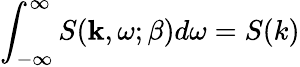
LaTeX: \int_{-\infty}^{\infty}S(\textbf{k},\omega;\beta)d\omega=S(k)